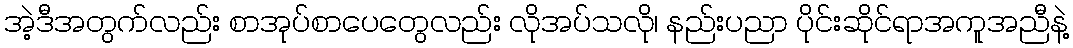
အဲ့ဒီအတွက်လည်း စာအုပ်စာပေတွေလည်း လိုအပ်သလို၊ နည်းပညာ ပိုင်းဆိုင်ရာအကူအညီနဲ့